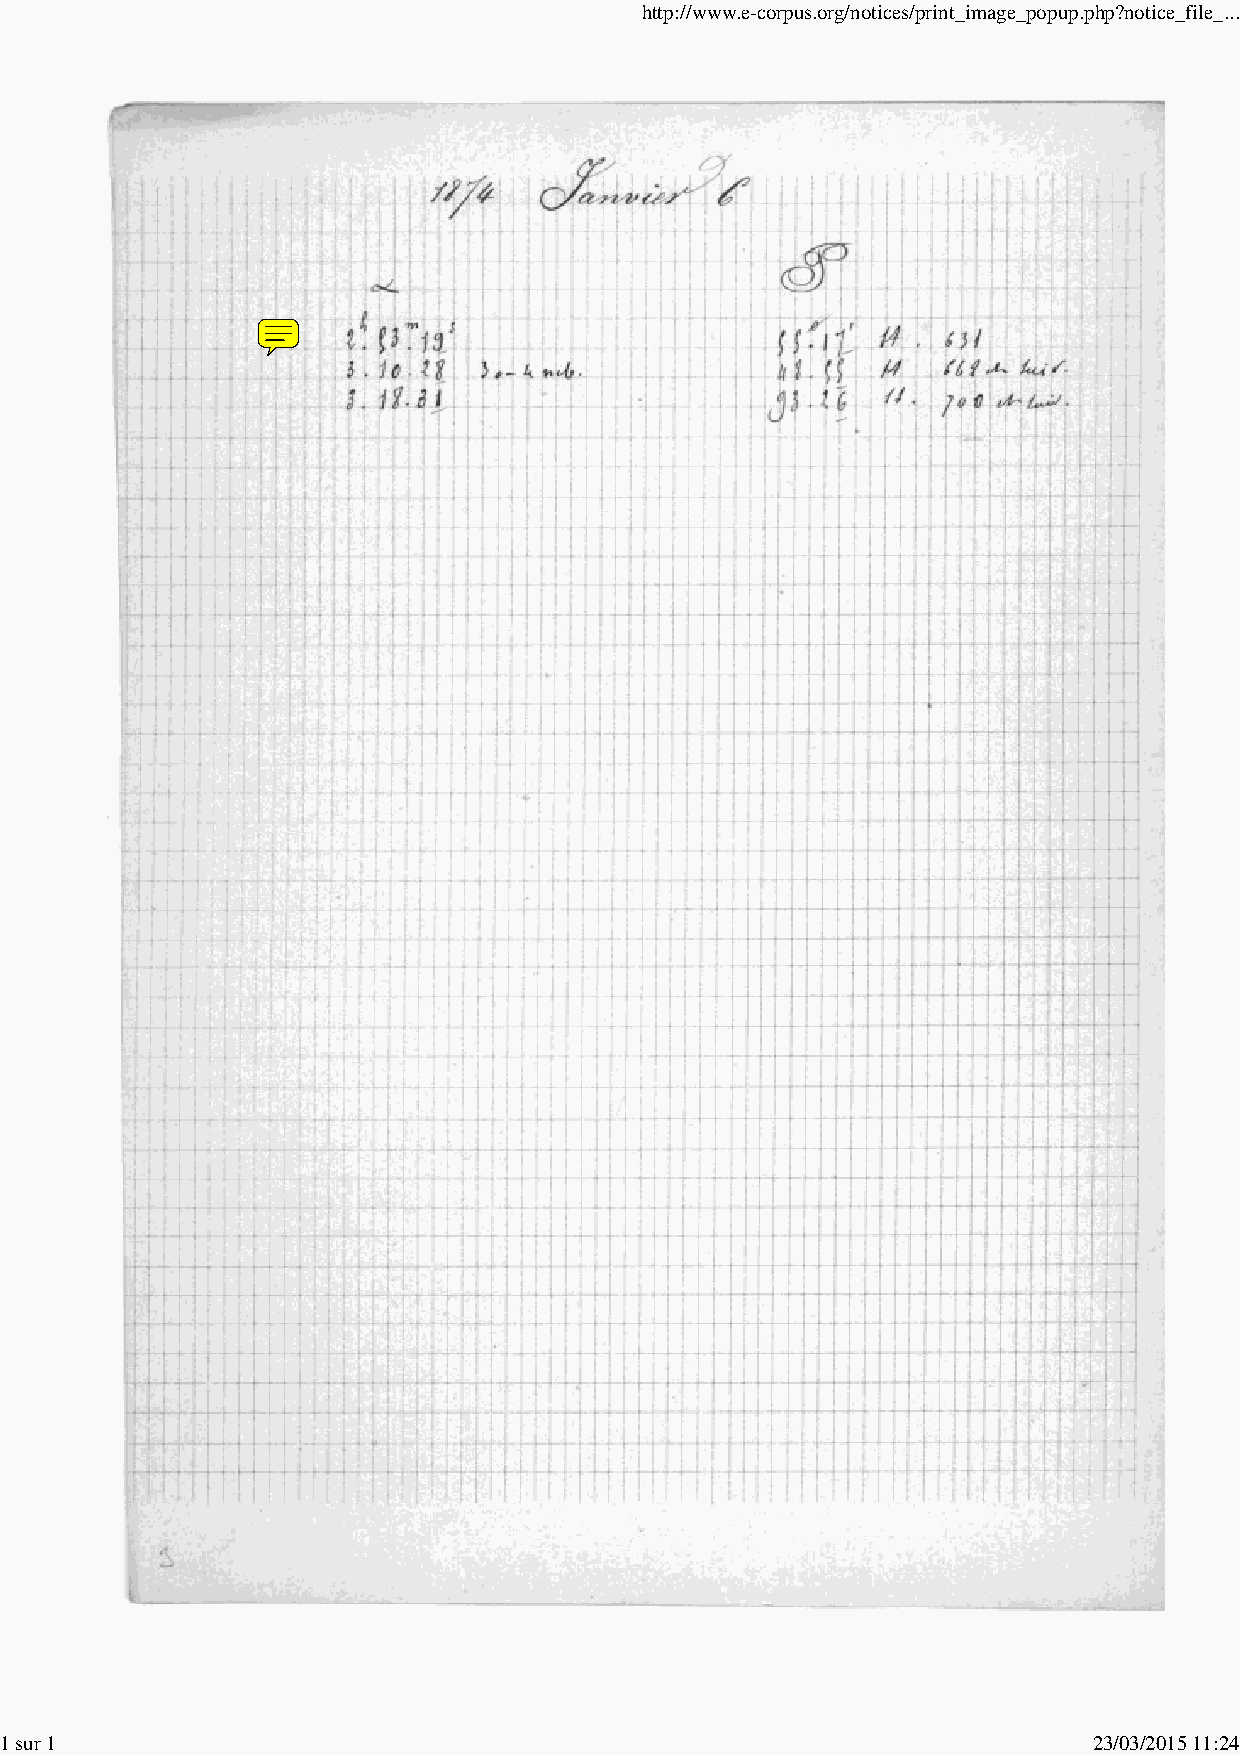
http://www.e-corpus.org/notices/print_image_popup.php?notice_file_...
 1 sur 1                                                                 23/03/2015 11:24